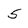
Character: 5